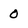
Character: 0